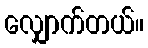
လျှောက်တယ်။